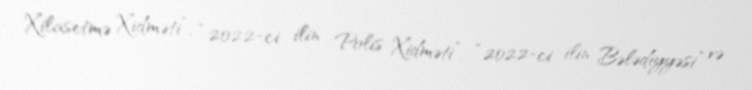
Xilasetmə Xidməti”, “2022-ci ilin Polis Xidməti”, “2022-ci ilin Bələdiyyəsi” və